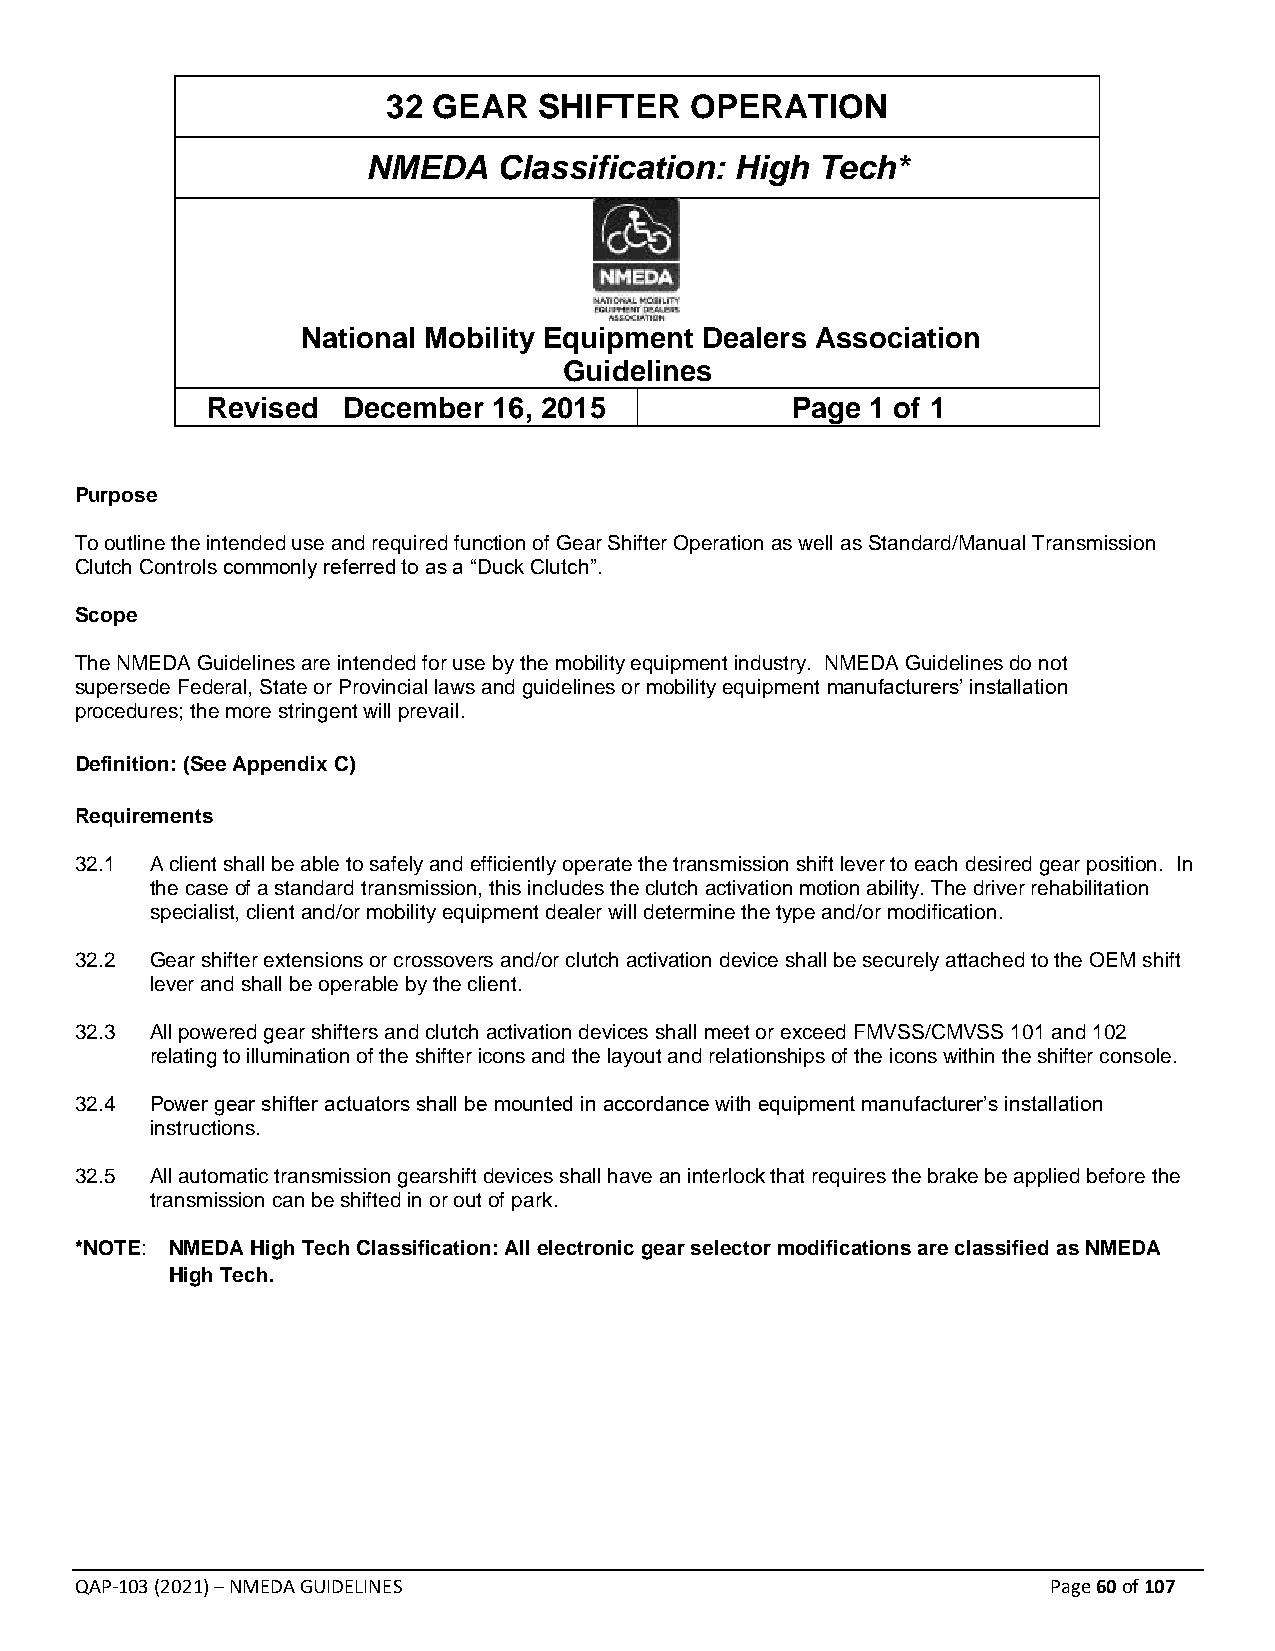
32 GEAR   SHIFTER   OPERATION
 NMEDA    Classification: High Tech*
 National Mobility Equipment Dealers Association
 Guidelines
 Revised  December  16, 2015           Page  1 of 1
 Purpose
 To outline the intended use and required function of Gear Shifter Operation as well as Standard/Manual Transmission
 Clutch Controls commonly referred to as a “Duck Clutch”.
 Scope
 The NMEDA Guidelines are intended for use by the mobility equipment industry. NMEDA Guidelines do not
 supersede Federal, State or Provincial laws and guidelines or mobility equipment manufacturers’ installation
 procedures; the more stringent will prevail.
 Definition: (See Appendix C)
 Requirements
 32.1 A client shall be able to safely and efficiently operate the transmission shift lever to each desired gear position. In
 the case of a standard transmission, this includes the clutch activation motion ability. The driver rehabilitation
 specialist, client and/or mobility equipment dealer will determine the type and/or modification.
 32.2 Gear shifter extensions or crossovers and/or clutch activation device shall be securely attached to the OEM shift
 lever and shall be operable by the client.
 32.3 All powered gear shifters and clutch activation devices shall meet or exceed FMVSS/CMVSS 101 and 102
 relating to illumination of the shifter icons and the layout and relationships of the icons within the shifter console.
 32.4 Power gear shifter actuators shall be mounted in accordance with equipment manufacturer’s installation
 instructions.
 32.5 All automatic transmission gearshift devices shall have an interlock that requires the brake be applied before the
 transmission can be shifted in or out of park.
 *NOTE: NMEDA High Tech Classification: All electronic gear selector modifications are classified as NMEDA
 High Tech.
 QAP-103 (2021) – NMEDA GUIDELINES                                Page 60 of 107